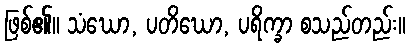
ဖြစ်၏။ သံဃော, ပတိဃော, ပရိက္ခာ စသည်တည်း။